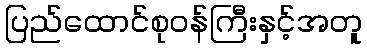
ပြည်ထောင်စုဝန်ကြီးနှင့်အတူ